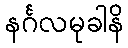
နင်္ဂလမုခါနိ